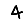
Digit: 4